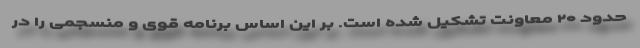
حدود ۲۰ معاونت تشکیل شده است. بر این اساس برنامه قوی و منسجمی را در